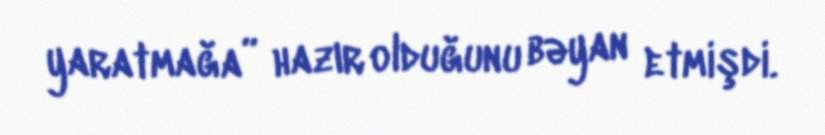
yaratmağa” hazır olduğunu bəyan etmişdi.